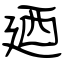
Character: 廼